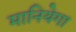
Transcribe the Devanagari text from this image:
मानियेगा